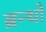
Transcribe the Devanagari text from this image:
ब्रन्थों